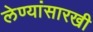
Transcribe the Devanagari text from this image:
लेण्यांसारखी